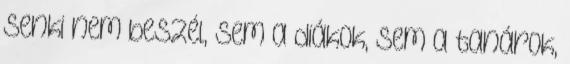
senki nem beszél, sem a diákok, sem a tanárok,